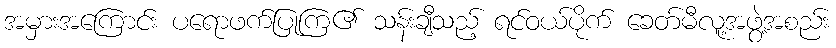
အမှားအကြောင်း ပရောဖက်ပြုကြ၏ သန်းချီသည့် ရင်ဝယ်ပိုက် ခေတ်မီလူ့အဖွဲ့အစည်း